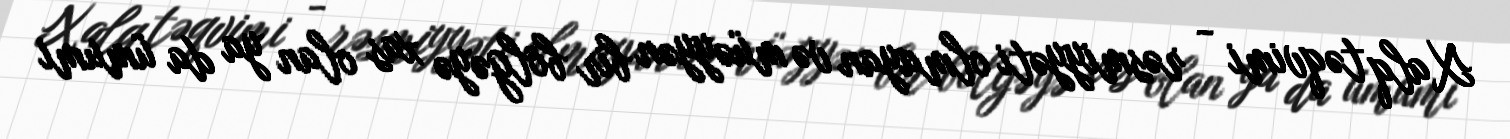
Xalq təqvimi - rəsmiyyəti olmayan və müəyyən bir bölgəyə xas olan ya da ümumi